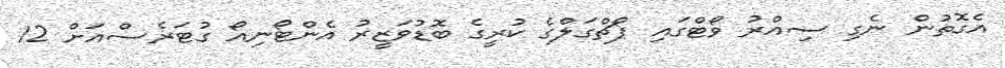
އެގޮތުން ނެގި ސިއްރު ވޯޓްގައި ޕޯޗްގަލްގެ ކުރީގެ ބޮޑުވަޒީރު އެންޓޯނިއޯ ގުޓަރެސްއަށް 12